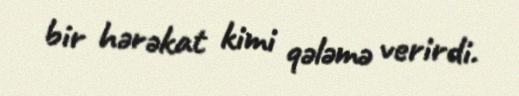
bir hərəkat kimi qələmə verirdi.